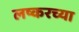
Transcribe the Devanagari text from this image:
लष्करच्या